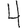
Digit: 4